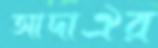
আদাঐর